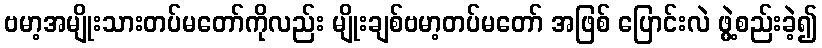
ဗမာ့အမျိုးသားတပ်မတော်ကိုလည်း မျိုးချစ်ဗမာ့တပ်မတော် အဖြစ် ပြောင်းလဲ ဖွဲ့စည်းခဲ့၍